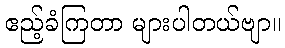
ဧည့်ခံကြတာ များပါတယ်ဗျာ။